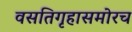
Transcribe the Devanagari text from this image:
वसतिगृहासमोरच